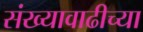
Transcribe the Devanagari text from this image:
संख्यावाढीच्या